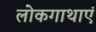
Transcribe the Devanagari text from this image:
लोकगाथाएं